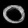
Digit: ၀